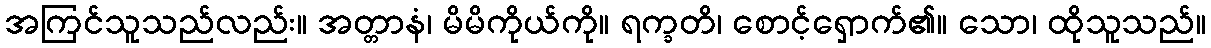
အကြင်သူသည်လည်း။ အတ္တာနံ၊ မိမိကိုယ်ကို။ ရက္ခတိ၊ စောင့်ရှောက်၏။ သော၊ ထိုသူသည်။